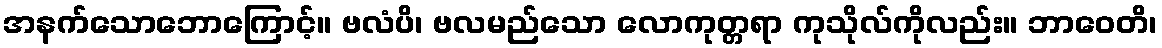
အနက်သောဘောကြောင့်။ ဗလံပိ၊ ဗလမည်သော လောကုတ္တရာ ကုသိုလ်ကိုလည်း။ ဘာဝေတိ၊